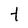
Character: t